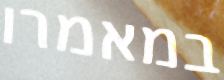
במאמרו